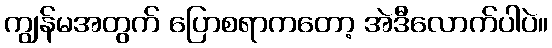
ကျွန်မအတွက် ပြောစရာကတော့ အဲဒီလောက်ပါပဲ။